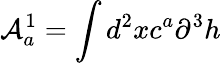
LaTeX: {\cal{A}}_{a}^{1}=\int d^{2}xc^{a}\partial^{3}h